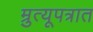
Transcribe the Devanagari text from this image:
म्रुत्यूपत्रात